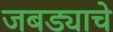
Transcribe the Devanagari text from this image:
जबड्याचे